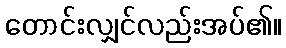
တောင်းလျှင်လည်းအပ်၏။